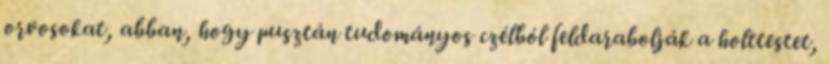
orvosokat, abban, hogy pusztán tudományos czélból feldarabolják a holttestet,